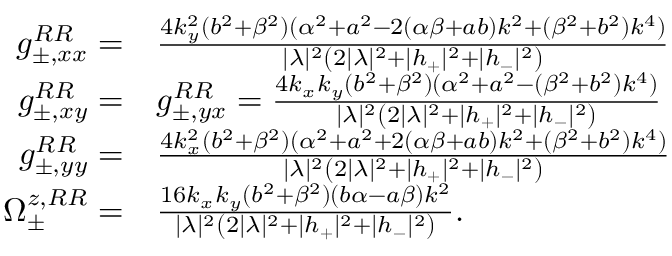
\begin{array} { r l } { g _ { \pm , x x } ^ { R R } = } & { \frac { 4 k _ { y } ^ { 2 } ( b ^ { 2 } + \beta ^ { 2 } ) ( \alpha ^ { 2 } + a ^ { 2 } - 2 ( \alpha \beta + a b ) k ^ { 2 } + ( \beta ^ { 2 } + b ^ { 2 } ) k ^ { 4 } ) } { | \lambda | ^ { 2 } \left( 2 | \lambda | ^ { 2 } + | h _ { + } | ^ { 2 } + | h _ { - } | ^ { 2 } \right) } } \\ { g _ { \pm , x y } ^ { R R } = } & { g _ { \pm , y x } ^ { R R } = \frac { 4 k _ { x } k _ { y } ( b ^ { 2 } + \beta ^ { 2 } ) ( \alpha ^ { 2 } + a ^ { 2 } - ( \beta ^ { 2 } + b ^ { 2 } ) k ^ { 4 } ) } { | \lambda | ^ { 2 } \left( 2 | \lambda | ^ { 2 } + | h _ { + } | ^ { 2 } + | h _ { - } | ^ { 2 } \right) } } \\ { g _ { \pm , y y } ^ { R R } = } & { \frac { 4 k _ { x } ^ { 2 } ( b ^ { 2 } + \beta ^ { 2 } ) ( \alpha ^ { 2 } + a ^ { 2 } + 2 ( \alpha \beta + a b ) k ^ { 2 } + ( \beta ^ { 2 } + b ^ { 2 } ) k ^ { 4 } ) } { | \lambda | ^ { 2 } \left( 2 | \lambda | ^ { 2 } + | h _ { + } | ^ { 2 } + | h _ { - } | ^ { 2 } \right) } } \\ { \Omega _ { \pm } ^ { z , R R } = } & { \frac { 1 6 k _ { x } k _ { y } ( b ^ { 2 } + \beta ^ { 2 } ) ( b \alpha - a \beta ) k ^ { 2 } } { | \lambda | ^ { 2 } \left( 2 | \lambda | ^ { 2 } + | h _ { + } | ^ { 2 } + | h _ { - } | ^ { 2 } \right) } . } \end{array}